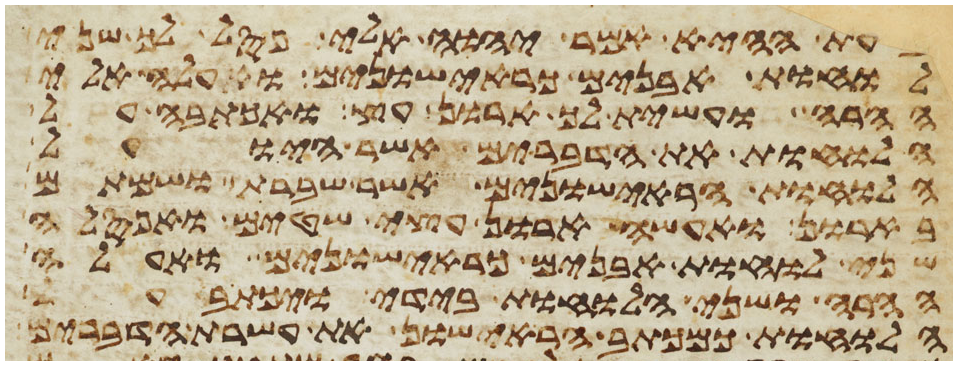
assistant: בעת ההיא אמר יהוה אלי פסל לך שני
לוחת אבנים כראישונים ועלה אלי
ההרה ועשית לך ארון עץ ואכתבה על
הלוחות את הדברים אשר היו על
הלוחות הראישונים אשר שברת ושמתם
בארון ואעשה ארון עצי שטים ואפסלה
שני לוחת אבנים כראישונים ואעלה
ההרה ושני הלוחות בידי ויכתב על
הלוחות כמכתב הראישון את עשרת הדברים